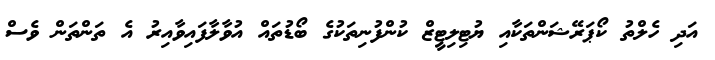
އަދި ހެލްތު ކޯޕަރޭޝަންތަކާއި ޔުޓިލިޓީޒް ކުންފުނިތަކުގެ ބޯޑުތައް އުވާލާފައިވާއިރު އެ ތަންތަން ވެސް